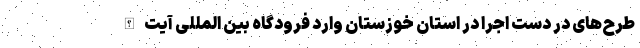
طرح‌های در دست اجرا در استان خوزستان وارد فرودگاه بین المللی آیت‌الله